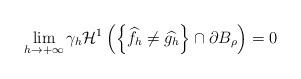
LaTeX: \begin{align*} \lim_{h\to +\infty} \gamma_h \mathcal{H}^1\left( \left\{ \widehat{f_h} \neq \widehat{g_h} \right\} \cap \partial B_\rho \right) = 0 \end{align*}